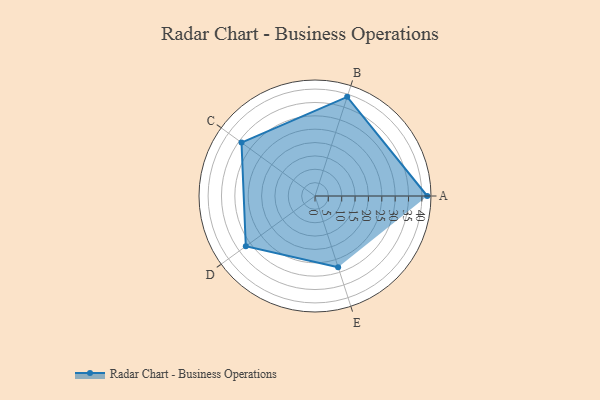
{"axis": {"x": "Skill", "y": "Score"}, "legend": ["Profile"], "data": [{"x": "A", "y": 42.0, "type": "Profile"}, {"x": "B", "y": 39.0, "type": "Profile"}, {"x": "C", "y": 34.0, "type": "Profile"}, {"x": "D", "y": 32.0, "type": "Profile"}, {"x": "E", "y": 28.0, "type": "Profile"}]}